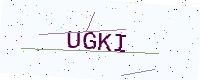
Text: UGKI